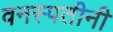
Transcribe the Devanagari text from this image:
वनस्पतीनी